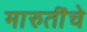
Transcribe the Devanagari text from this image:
मारुतींचे